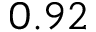
0 . 9 2